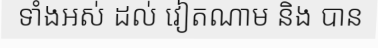
ទាំងអស់ ដល់ វៀតណាម និង បាន